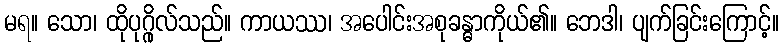
မရ။ သော၊ ထိုပုဂ္ဂိုလ်သည်။ ကာယဿ၊ အပေါင်းအစုခန္ဓာကိုယ်၏။ ဘေဒါ၊ ပျက်ခြင်းကြောင့်။